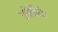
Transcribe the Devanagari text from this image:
सींचिये।